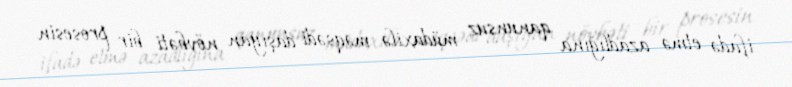
ifadə etmə azadlığına qanunsuz müdaxilə məqsədi daşıyan növbəti bir prosesin